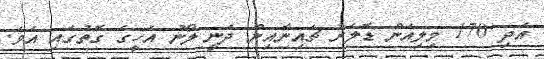
އަދި 170 މިލިއަން ޑޮލަރު ޗައިނާއިން ދެނީ ލޯނު އެހީގެ ގޮތުގައި އެވެ.